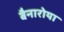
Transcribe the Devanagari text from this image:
बैनारोया